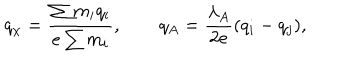
q _ { \chi } = \frac { \sum m _ { i } q _ { i } } { e \sum m _ { i } } , \qquad q _ { A } = \frac { \lambda _ { A } } { 2 e } ( q _ { i } - q _ { j } ) ,